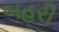
બહરી